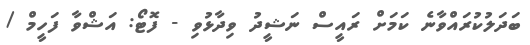
ބަދަލުކުރައްވާނެ ކަމަށް ރައީސް ނަޝީދު ވިދާޅުވި - ފޮޓޯ: އަޝްވާ ފަހީމް /